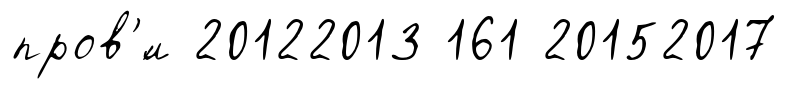
пров'́л 20122013 161 20152017